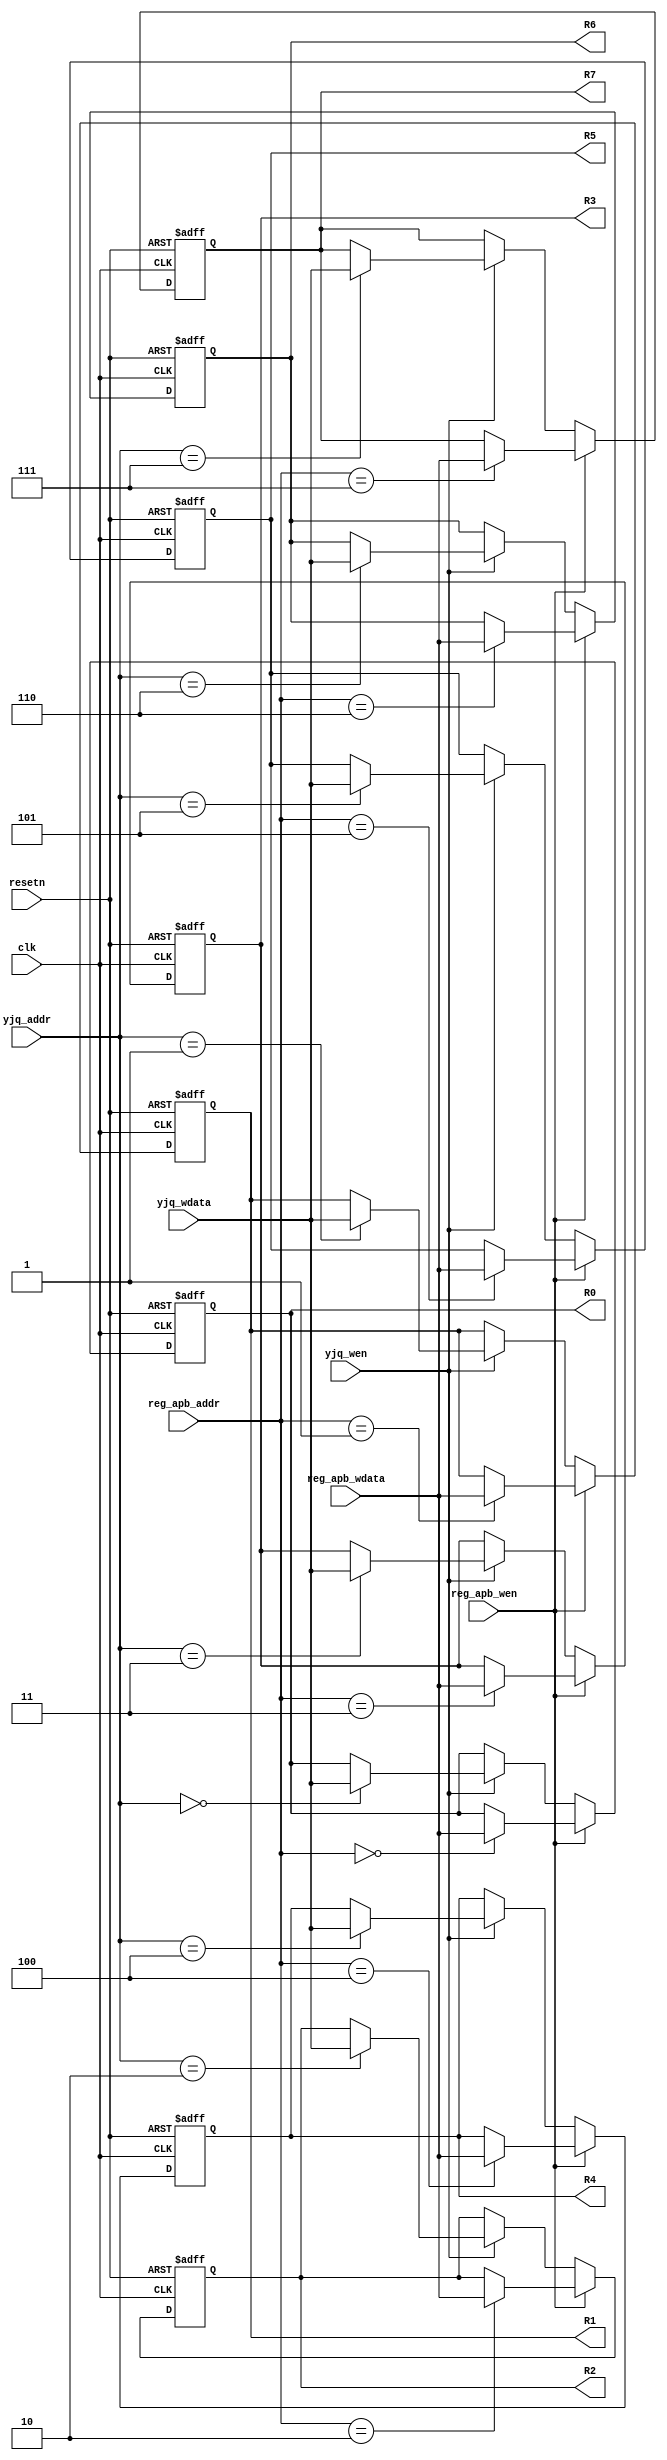
module apb_register # (
    parameter APB_DATA_WIDTH = 32,
    parameter REG_NUM = 8
)
(
    input clk,
    input resetn,
    input reg_apb_wen,
    input [APB_DATA_WIDTH-1:0] reg_apb_wdata,
    input [$clog2(REG_NUM)-1:0] reg_apb_addr,

    input yjq_wen,
    input [APB_DATA_WIDTH-1:0] yjq_wdata,
    input [$clog2(REG_NUM)-1:0] yjq_addr,

    output reg [APB_DATA_WIDTH-1:0] R0,
    output reg [APB_DATA_WIDTH-1:0] R1,
    output reg [APB_DATA_WIDTH-1:0] R2,
    output reg [APB_DATA_WIDTH-1:0] R3,
    output reg [APB_DATA_WIDTH-1:0] R4,
    output reg [APB_DATA_WIDTH-1:0] R5,
    output reg [APB_DATA_WIDTH-1:0] R6,
    output reg [APB_DATA_WIDTH-1:0] R7
);

localparam LOG2_REG_NUM = $clog2(REG_NUM);
initial begin
    R0 = 0;
    R1 = 0;
    R2 = 0;
    R3 = 0;
    R4 = 0;
    R5 = 0;
    R6 = 0;
    R7 = 0;
end

always @(posedge clk or negedge resetn) begin
    if (~resetn) begin
        R0 <= 0;
        R1 <= 0;
        R2 <= 0;
        R3 <= 0;
        R4 <= 0;
        R5 <= 0;
        R6 <= 0;
        R7 <= 0;
    end
    else begin
        if (reg_apb_wen) begin
            R0 <= reg_apb_addr == 'd0 ? reg_apb_wdata : R0;
            R1 <= reg_apb_addr == 'd1 ? reg_apb_wdata : R1;
            R2 <= reg_apb_addr == 'd2 ? reg_apb_wdata : R2;
            R3 <= reg_apb_addr == 'd3 ? reg_apb_wdata : R3;
            R4 <= reg_apb_addr == 'd4 ? reg_apb_wdata : R4;
            R5 <= reg_apb_addr == 'd5 ? reg_apb_wdata : R5;
            R6 <= reg_apb_addr == 'd6 ? reg_apb_wdata : R6;
            R7 <= reg_apb_addr == 'd7 ? reg_apb_wdata : R7;
        end
        else if (yjq_wen) begin
            R0 <= yjq_addr == 'd0 ? yjq_wdata : R0;
            R1 <= yjq_addr == 'd1 ? yjq_wdata : R1;
            R2 <= yjq_addr == 'd2 ? yjq_wdata : R2;
            R3 <= yjq_addr == 'd3 ? yjq_wdata : R3;
            R4 <= yjq_addr == 'd4 ? yjq_wdata : R4;
            R5 <= yjq_addr == 'd5 ? yjq_wdata : R5;
            R6 <= yjq_addr == 'd6 ? yjq_wdata : R6;
            R7 <= yjq_addr == 'd7 ? yjq_wdata : R7;
        end
        else begin
            R0 <= R0;
            R1 <= R1;
            R2 <= R2;
            R3 <= R3;
            R4 <= R4;
            R5 <= R5;
            R6 <= R6;
            R7 <= R7; 
        end
    end
end

endmodule